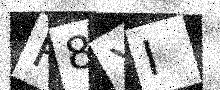
Text: P8XI